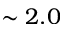
\sim 2 . 0